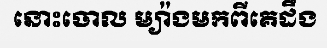
នោះចោល ម្យ៉ាងមកពីគេដឹង